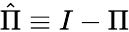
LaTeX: {\hat{\Pi}}\equiv I-\Pi